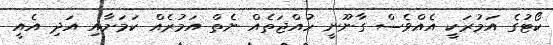
ކޯޓުގެ އަމުރަކީ އެއްވެސް ގާނޫނީ ހުއްޖަތެއް ނެތް އަމުރެއް ކަމަށާއި އަދި އެއީ